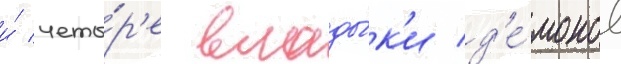
и́ четы́р'е влады́к'и д'е́монов